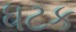
ધટક